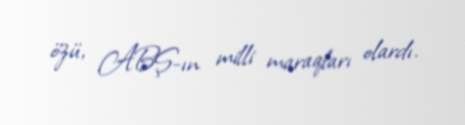
özü, ABŞ-ın milli maraqları olardı.